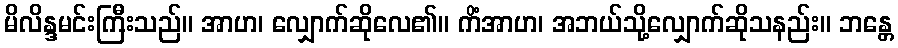
မိလိန္ဒမင်းကြီးသည်။ အာဟ၊ လျှောက်ဆိုလေ၏။ ကိံအာဟ၊ အဘယ်သို့လျှောက်ဆိုသနည်း။ ဘန္တေ